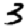
Digit: 3